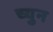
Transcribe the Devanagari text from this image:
च्युन